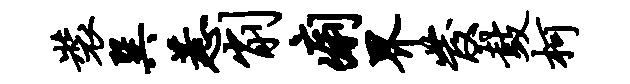
装巽惹削痢界发鼓柯